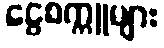
ငွေစက္ကူများ